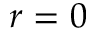
r = 0